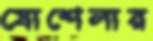
যোশেলার